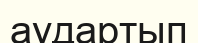
аудартып